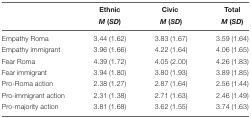
<table><thead><tr><td></td><td><b>Ethnic <i>M</i> (<i>SD</i>)</b></td><td><b>Civic <i>M</i> (<i>SD</i>)</b></td><td><b>Total <i>M</i> (<i>SD</i>)</b></td></tr></thead><tbody><tr><td>Empathy Roma</td><td>3.44 (1.62)</td><td>3.83 (1.67)</td><td>3.59 (1.64)</td></tr><tr><td>Empathy immigrant</td><td>3.96 (1.66)</td><td>4.22 (1.64)</td><td>4.06 (1.65)</td></tr><tr><td>Fear Roma</td><td>4.39 (1.72)</td><td>4.05 (2.00)</td><td>4.26 (1.83)</td></tr><tr><td>Fear immigrant</td><td>3.94 (1.80)</td><td>3.80 (1.93)</td><td>3.89 (1.85)</td></tr><tr><td>Pro-Roma action</td><td>2.38 (1.27)</td><td>2.87 (1.64)</td><td>2.56 (1.44)</td></tr><tr><td>Pro-immigrant action</td><td>2.31 (1.38)</td><td>2.71 (1.63)</td><td>2.46 (1.49)</td></tr><tr><td>Pro-majority action</td><td>3.81 (1.68)</td><td>3.62 (1.55)</td><td>3.74 (1.63)</td></tr></tbody></table>